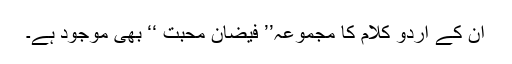
ان کے اردو کلام کا مجموعہ’’ فیضان محبت ‘‘ بھی موجود ہے۔